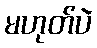
မဟုတ်ပဲ